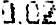
0.02